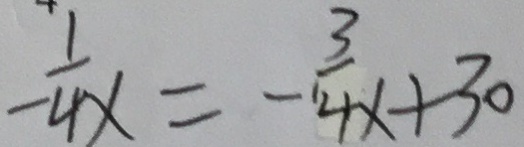
- \frac { 1 } { 4 x } = - \frac { 3 } { 4 x } + 3 0